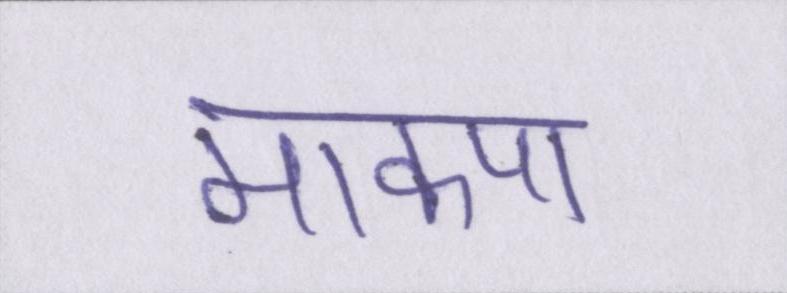
माकपा